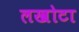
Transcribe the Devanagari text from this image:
लखोटा